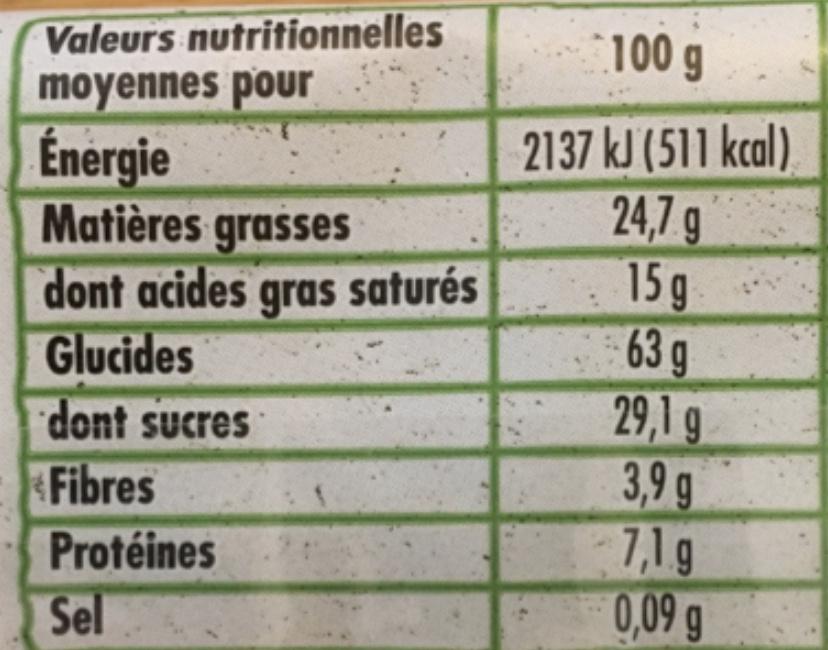
Valeurs nutritionnelles moyennes pour
100 g
2137 kJ (511 kcal). 24,7 g 15g 63 g 29,1 g 3,9 g 7,1g 0,09 g
Énérgie Matières grasses
dont acides gras saturés Glucides dont sucres Fibres
Protéines
Sel